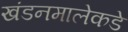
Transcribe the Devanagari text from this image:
खंडनमालेकडे